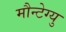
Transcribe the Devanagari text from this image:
मौन्टेग्यु